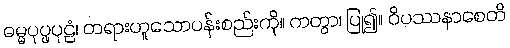
ဓမ္မပုပ္ဖပုဠံ၊ တရားဟူသောပန်းစည်းကို။ ကတွာ၊ ပြု၍။ ဝိပဿနာစေတိ